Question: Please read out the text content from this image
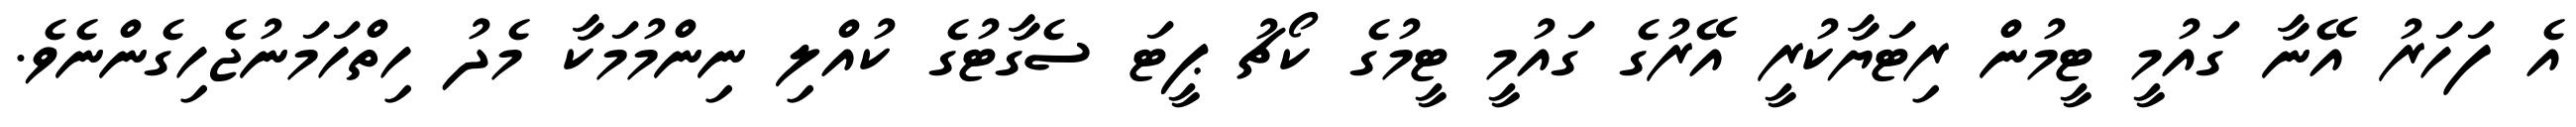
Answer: އެ ފަހަރު އޭނާ ގައުމީ ޓީމުން ރިޓަޔާކުރީ އޭރުގެ ގައުމީ ޓީމުގެ ކޯޗު ޕީޓަ ސެގާޓުގެ ކުއްލި ނިންމުމަކާ މެދު ހިތްހަމަނުޖެހިގެންނެވެ.